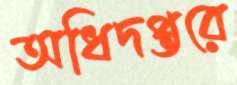
অধিদপ্তরে